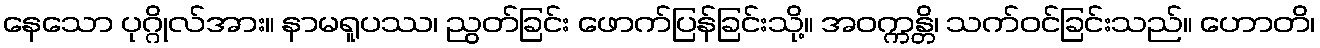
နေသော ပုဂ္ဂိုလ်အား။ နာမရူပဿ၊ ညွတ်ခြင်း ဖောက်ပြန်ခြင်းသို့။ အဝက္ကန္တိ၊ သက်ဝင်ခြင်းသည်။ ဟောတိ၊